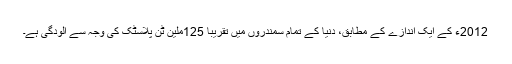
2012ء کے ایک اندازے کے مطابق، دنیا کے تمام سمندروں میں تقریباً 125ملین ٹن پلاسٹک کی وجہ سے آلودگی ہے۔